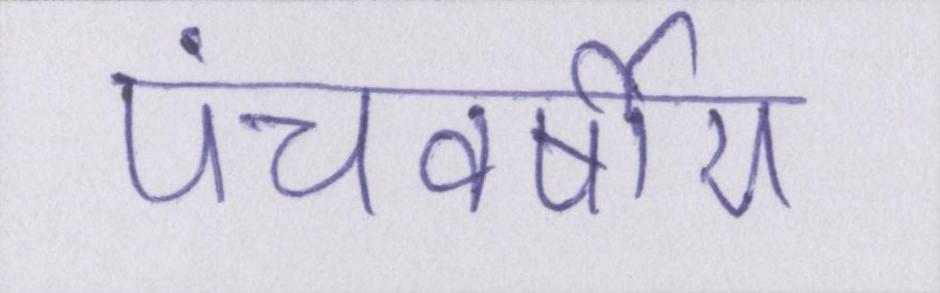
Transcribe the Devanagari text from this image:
पंचवर्षीय